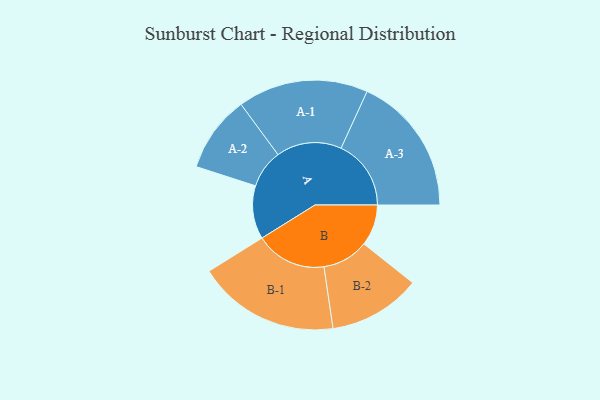
{"axis": {"x": "Segment", "y": "Value"}, "legend": ["", "A", "B"], "data": [{"x": "A", "y": 202, "type": ""}, {"x": "B", "y": 156, "type": ""}, {"x": "A-1", "y": 247, "type": "A"}, {"x": "A-2", "y": 145, "type": "A"}, {"x": "A-3", "y": 265, "type": "A"}, {"x": "B-1", "y": 269, "type": "B"}, {"x": "B-2", "y": 175, "type": "B"}]}